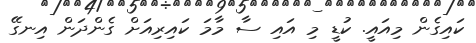
ކައިގެން މިއައީ. ކުޑީ މި އައި ސާ މާމަ ކައިރިއަށް ގެންދަން އިނގޭޭ